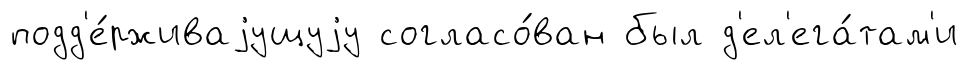
подд'е́рживаjущуjу согласо́ван был д'ел'ега́там'и